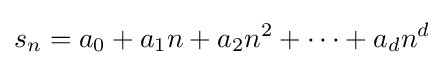
s_{n}=a_{0}+a_{1}n+a_{2}n^{2}+\cdots +a_{d}n^{d}